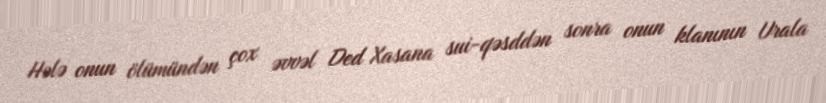
Hələ onun ölümündən çox əvvəl Ded Xasana sui-qəsddən sonra onun klanının Urala